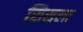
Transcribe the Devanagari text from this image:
सिसला